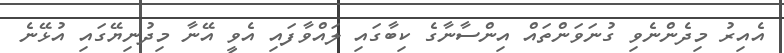
އެއިރު މިދެންނެވި ގުނަވަންތައް އިންސާނާގެ ކިބާގައި ލައްވާފައި އެވީ އޭނާ މިދުނިޔޭގައި އުޅޭނެ